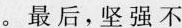
。最后，坚强不